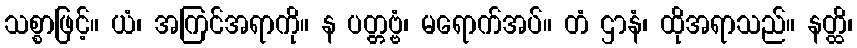
သစ္စာဖြင့်။ ယံ၊ အကြင်အရာကို။ န ပတ္တဗ္ဗံ၊ မရောက်အပ်။ တံ ဌာနံ၊ ထိုအရာသည်။ နတ္ထိ၊